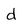
Character: d